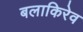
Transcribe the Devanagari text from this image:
बलाकिरेव